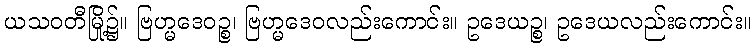
ယသဝတီမြို့၌။ ဗြဟ္မဒေဝဉ္စ၊ ဗြဟ္မဒေဝလည်းကောင်း။ ဥဒေယဉ္စ၊ ဥဒေယလည်းကောင်း။